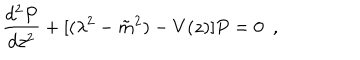
\frac { d ^ { 2 } P } { d z ^ { 2 } } + [ ( \lambda ^ { 2 } - { \tilde { m } } ^ { 2 } ) - V ( z ) ] P = 0 ~ ~ ,